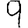
Digit: 9